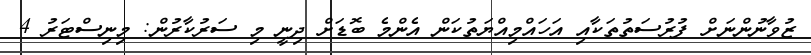
ޒުވާނުންނަށް ފުރުސަތުތަކާއި އަހައްމިއްޔަތުކަން އެންމެ ބޮޑަށް ދިނީ މި ސަރުކާރުން: މިނިސްޓަރު 4